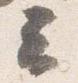
云